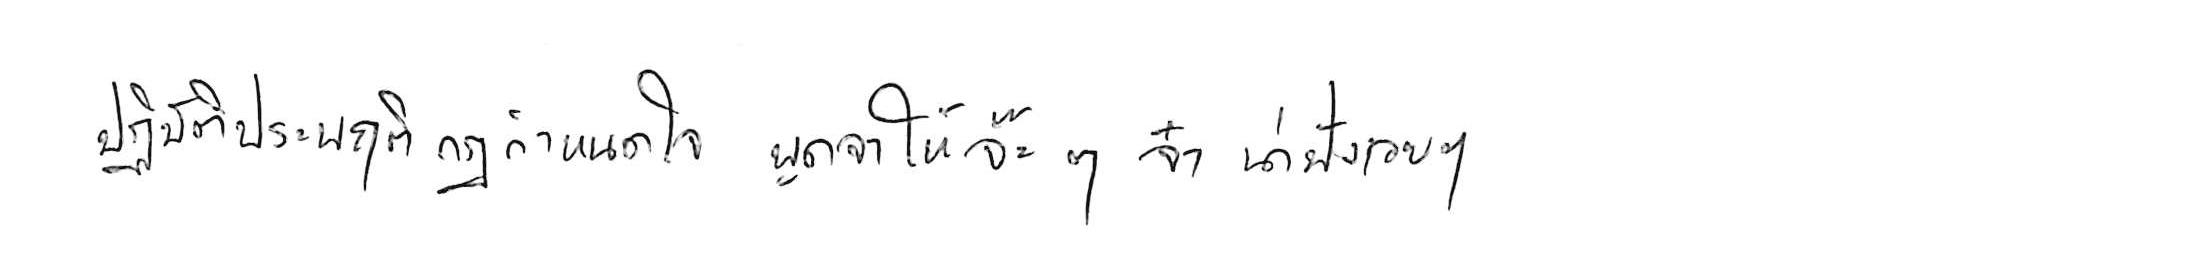
ปฏิบัติประพฤติกฎกำหนดใจ พูดจาให้จ๊ะๆ จ๋า น่าฟังเอยฯ